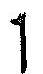
1